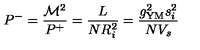
P ^ { - } = \frac { \mathcal { M } ^ { 2 } } { P ^ { + } } = \frac { L } { N R _ { i } ^ { 2 } } = \frac { g _ { \mathrm { Y M } } ^ { 2 } s _ { i } ^ { 2 } } { N V _ { s } }